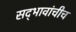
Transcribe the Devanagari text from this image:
सद्‍भावांचीच